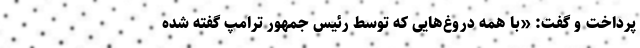
پرداخت و گفت: «با همه دروغ‌هایی که توسط رئیس جمهور ترامپ گفته شده